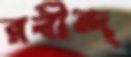
রবীন্দ্